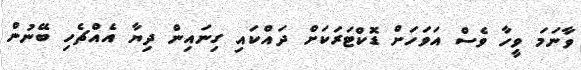
ވާނަމަ ވީހާ ވެސް އަވަހަށް ޑޮކްޓަރަކަށް ދައްކައި ގިނައިން ދިޔާ އެއްޗެހި ބޭނުން